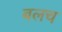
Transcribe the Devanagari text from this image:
बलच